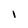
Character: l